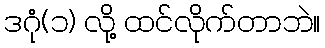
ဒဂုံ(၁) လို့ ထင်လိုက်တာဘဲ။